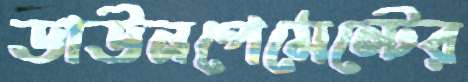
ডাউনপেমেন্টের